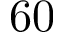
6 0